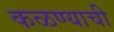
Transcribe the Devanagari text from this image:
कळण्याची